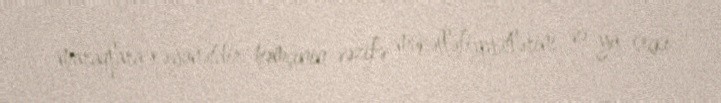
maraqlara xəyanətdir, həmçinin vəzifə mükəlləfiyyətlərini və ya seçki